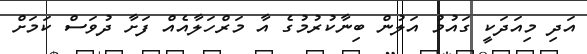
އަދި މިއަދަކީ ގައުމު އަލުން ބިނާކުރުމުގެ އާ މަރްހަލާއެއް ފަށާ ދުވަސް ކަމަށް